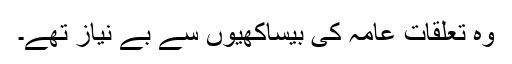
وہ تعلقات عامہ کی بیساکھیوں سے بے نیاز تھے۔